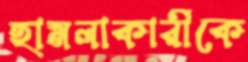
হামলাকারীকে